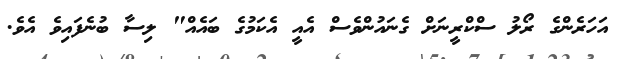
އަހަރެންގެ ރޯލު ސްކްރީނަށް ގެނައުންވެސް އެއީ އެކަމުގެ ބައެއް" ލިސާ ބުނެފައިވެ އެވެ.